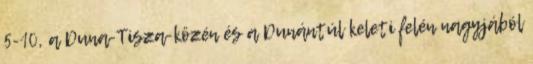
5-10, a Duna-Tisza-közén és a Dunántúl keleti felén nagyjából